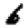
Digit: 6